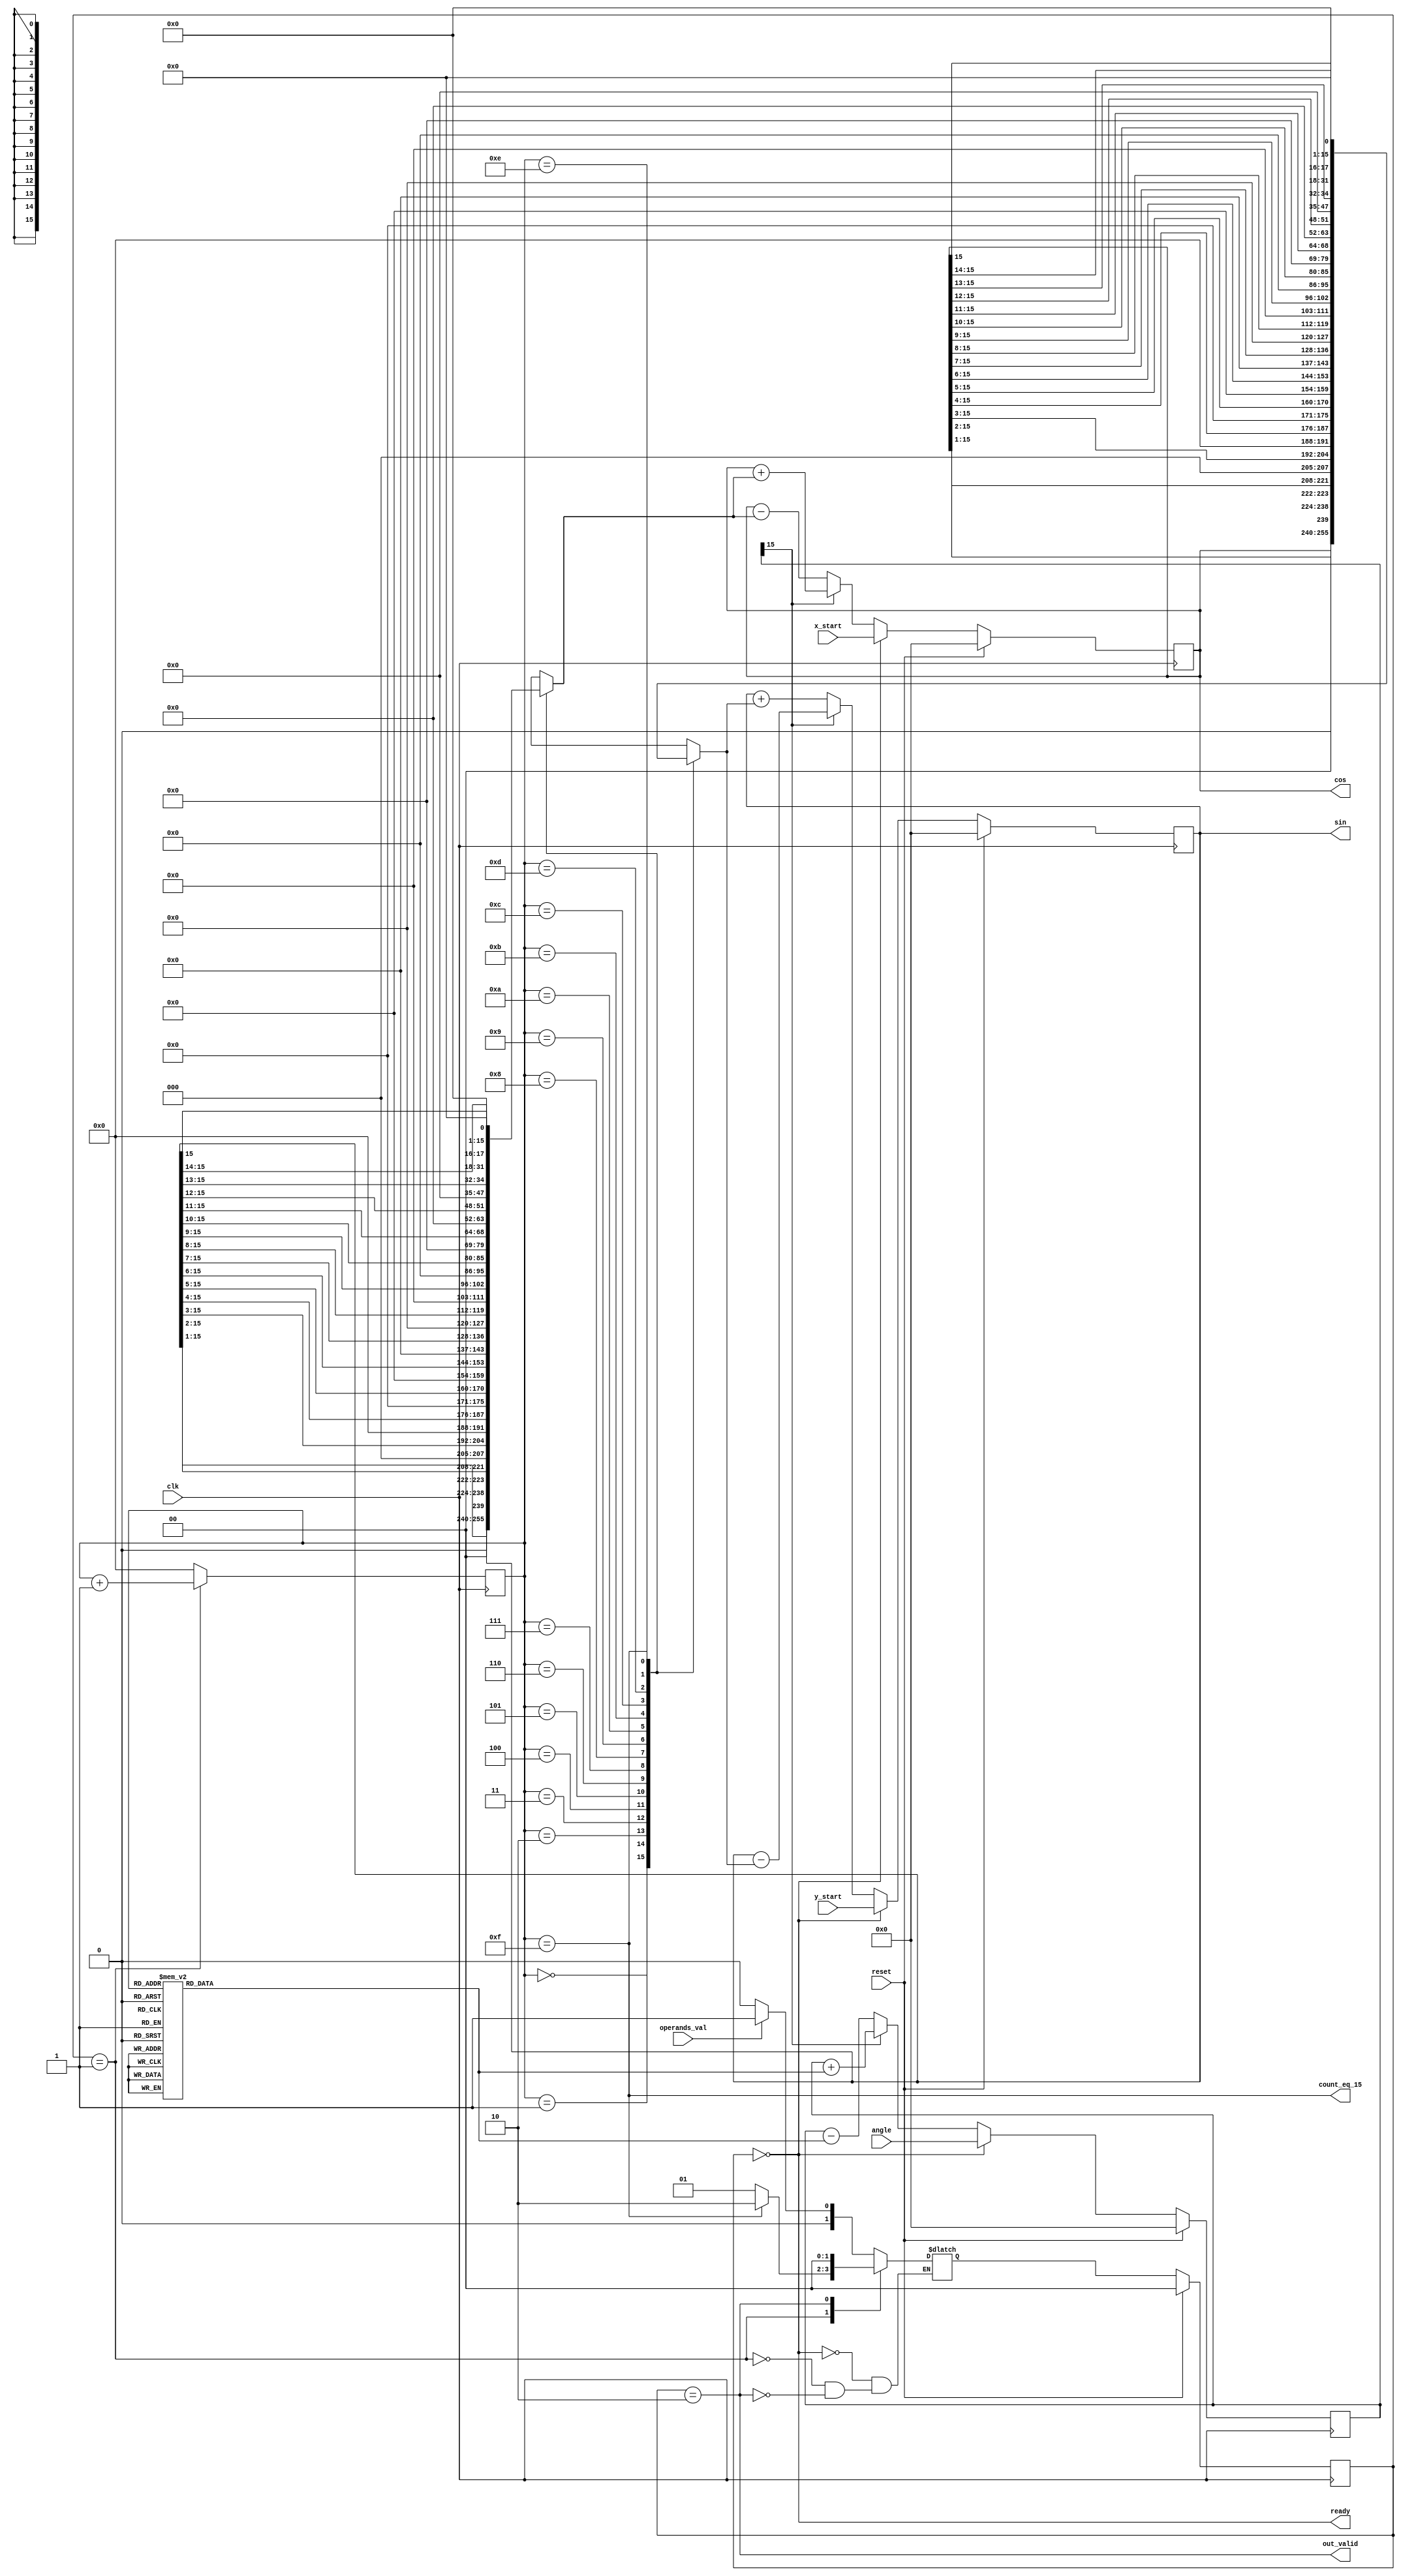
module CORDIC_rotation(clk, reset, operands_val, out_valid, cos, sin, x_start, y_start, angle, ready, count_eq_15);

   // Inputs
   input clk;
   input reset;
   input operands_val;
   input signed [15:0] x_start, y_start;
   input signed [15:0] angle;

   // Outputs
   output signed [15:0] sin, cos;
   output out_valid;
   output reg count_eq_15;
   output ready; 
  
  localparam IDLE = 2'd0;
  localparam BUSY = 2'd1;
  localparam DONE = 2'd2;

   // Generate table of atan values
  reg signed [15:0] atan_out;
  reg signed [15:0] x_reg;
  reg signed [15:0] y_reg;
  reg signed [15:0] theta_reg;
        
  wire [15:0] x_mux_out, y_mux_out, theta_mux_out;
  reg [15:0] x_add_out, y_add_out, theta_add_out;
  
  reg [15:0] x_shift, y_shift;
  
  reg [3:0] count;
  wire [3:0] address; 
  reg [1:0] state, state_next; 
  wire count_en;
  
  assign address = count;
    
  // Look up table in 5.11 format 
  
  always @(*)
     begin
       case(address)
        4'd0:  atan_out = 'b0000011001001000 ;
        4'd1:  atan_out = 'b0000001110110110;  
        4'd2:  atan_out = 'b0000000111110110; 
        4'd3:  atan_out = 'b0000000011111111;
        4'd4:  atan_out = 'b0000000010000000 ;
        4'd5:  atan_out = 'b0000000001000000;
        4'd6:  atan_out = 'b0000000000100000;
        4'd7:  atan_out = 'b0000000000010000;
        4'd8:  atan_out = 'b0000000000001000;
        4'd9:  atan_out = 'b0000000000000100;
        4'd10: atan_out = 'b0000000000000010;
        4'd11: atan_out = 'b0000000000000001;
        4'd12: atan_out = 'b0000000000000000;
        4'd13: atan_out = 'b0000000000000000 ;
        4'd14: atan_out = 'b0000000000000000 ;
        4'd15: atan_out = 'b0000000000000000 ;  
       endcase    
   end              
          
     
  // 2:1 Multiplexers
         
 assign x_mux_out = (state == IDLE) ? x_start : x_add_out; 
 assign y_mux_out = (state == IDLE) ? y_start : y_add_out;
 assign theta_mux_out = (state == IDLE) ? angle : theta_add_out;   
 assign count_eq_15 = (count == 4'd15);
 assign out_valid = (state == DONE);
 assign count_en = (state == BUSY);
 assign ready = (state == IDLE);  
 assign cos = x_reg;
 assign sin = y_reg;  

  
 
//  Barrel Shifter
  always@(*)
    begin
      case(count)
        0: begin
          x_shift={x_reg[15:0]};
          y_shift={y_reg[15:0]};
           end
        1: begin
          x_shift={x_reg[15:1]};
          y_shift={y_reg[15:1]};
           end
        2: begin
          x_shift={x_reg[15:2]};
          y_shift={y_reg[15:2]};
           end
        3: begin
          x_shift={x_reg[15:3]};
          y_shift={y_reg[15:3]};
           end
        4: begin
          x_shift={x_reg[15:4]};
          y_shift={y_reg[15:4]};
           end
        5: begin
          x_shift={x_reg[15:5]};
          y_shift={y_reg[15:5]};
           end
        6: begin
          x_shift={x_reg[15:6]};
          y_shift={y_reg[15:6]};
           end
        7: begin
          x_shift={x_reg[15:7]};
          y_shift={y_reg[15:7]};
           end
        8: begin
          x_shift={x_reg[15:8]};
          y_shift={y_reg[15:8]};
           end
        9: begin
          x_shift={x_reg[15:9]};
          y_shift={y_reg[15:9]};
           end
        10: begin
          x_shift={x_reg[15:10]};
          y_shift={y_reg[15:10]};
           end
        11: begin
          x_shift={x_reg[15:11]};
          y_shift={y_reg[15:11]};
           end
        12: begin
          x_shift={x_reg[15:12]};
          y_shift={y_reg[15:12]};
           end
        13: begin
          x_shift={x_reg[15:13]};
          y_shift={y_reg[15:13]};
           end
        14: begin
          x_shift={x_reg[15:14]};
          y_shift={y_reg[15:14]};
           end
        15: begin
          x_shift={x_reg[15]};
          y_shift={y_reg[15]};
           end
      endcase
    end
    
 // add_out muxes   
 always @ (*)
   if (theta_reg[15] == 1)
      begin
        x_add_out = x_reg + y_shift;
        y_add_out = y_reg - x_shift;
        theta_add_out = theta_reg + atan_out;
       end   
      else
       begin
        x_add_out = x_reg - y_shift;
        y_add_out = y_reg + x_shift;
        theta_add_out = theta_reg - atan_out;
       end    
  
   // x and y reg 
   always @(posedge clk)
    if(reset)
      begin
      x_reg <= 0;
      y_reg <= 0;
      theta_reg <= 0;
      end
    else
      begin
       x_reg <= x_mux_out;
       y_reg <= y_mux_out;
       theta_reg <= theta_mux_out;
      end 
  
  
 always @(*)  
  begin
    
  case (state)
    IDLE :
      if (operands_val)
        state_next = BUSY;
      else
        state_next = IDLE;
                                                     
    BUSY :
      if (count_eq_15)
        state_next = DONE;
      else
        state_next = BUSY;
                                                    
    DONE :
        state_next = IDLE; 
    
  endcase
 end
  
   
   always @(posedge clk)
    if(reset)
      state <= IDLE;
    else
      state <= state_next;       
     
   always @(posedge clk)
     if(count_en)
      count <= count + 1;
    else
      count <= 0;
         
endmodule